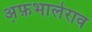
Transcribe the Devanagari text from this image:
अ़फ़भालेराव